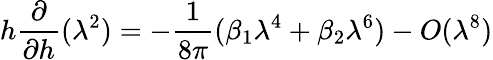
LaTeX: h\frac{\partial}{\partial h}(\lambda^{2})=-\frac{1}{8\pi}(\beta_{1}\lambda^{4}+\beta_{2}\lambda^{6})-O(\lambda^{8})